Document type: Sale
Year: 1323
Scribe: Guillem Coscoll
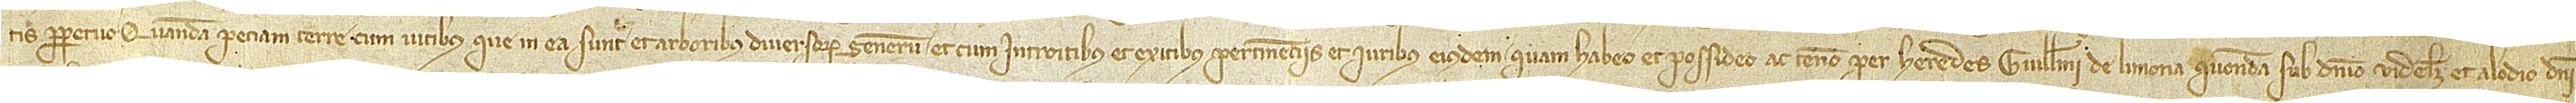
tis perpetuo quandam peciam terre cum vitibus que in ea sunt et arboribus diversorum generum, et cum introitibus et exitibus, pertinenciis et iuribus eiusdem quam habeo et possideo ac teneo per heredes Guillelmi de Limona, quondam, sub dominio videlicet et alodio domini